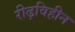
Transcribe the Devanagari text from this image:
रीढ़विहीन